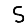
Digit: 5